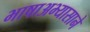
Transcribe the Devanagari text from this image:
भाषाअभ्यासाने